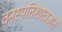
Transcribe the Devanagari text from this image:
वनस्पतिशास्त्रज्ञाने